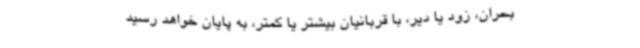
بحران، زود یا دیر، با قربانیان بیشتر یا کمتر، به پایان خواهد رسید